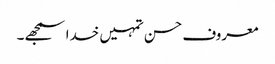
معروف حسن تمہیں خدا سمجھے۔